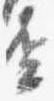
盃